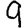
Digit: 9